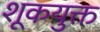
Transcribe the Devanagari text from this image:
शूकयुक्त